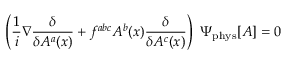
\left( \frac { 1 } { i } \nabla \frac { \delta } { \delta A ^ { a } ( x ) } + f ^ { a b c } A ^ { b } ( x ) \frac { \delta } { \delta A ^ { c } ( x ) } \right) ~ \Psi _ { \mathrm { p h y s } } [ A ] = 0